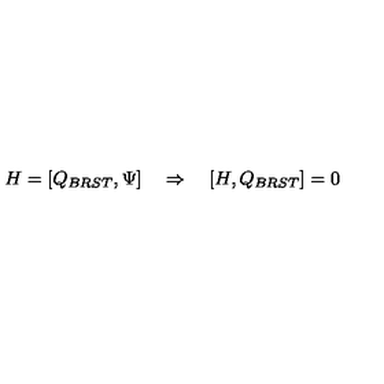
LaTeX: H = [ Q _ { B R S T } , \Psi ] \quad \Rightarrow \quad [ H , Q _ { B R S T } ] = 0